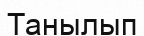
Танылып